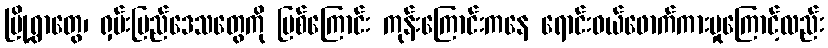
မြို့ရွာတွေ၊ ရှမ်းပြည်ဒေသတွေကို မြစ်ကြောင်း ကုန်းကြောင်းကနေ ရောင်းဝယ်ဖောက်ကားမှုကြောင့်လည်း